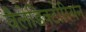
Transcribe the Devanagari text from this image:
वैलेडिक्टोरियन